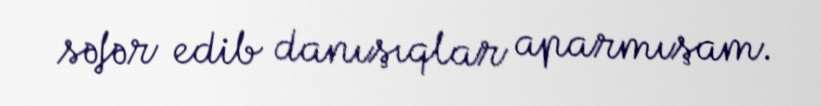
səfər edib danışıqlar aparmışam.